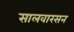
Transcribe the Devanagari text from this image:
सालवारसन